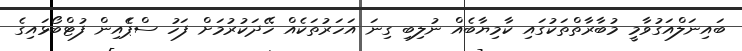
ބައިނަލްއަގުވާމީ މުބާރާތްތަކުގައި ކާމިޔާބެއް ނުލިބި ގިނަ އަހަރުތަކެއް ހޭދަކުރުމަށް ފަހު ސްޕެެއިން ފުޓްބޯޅައިގެ